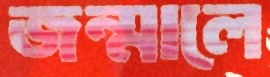
জন্মালে